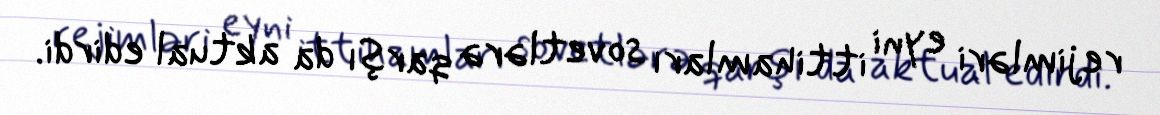
rejimləri eyni ittihamları sovetlərə qarşı da aktual edirdi.